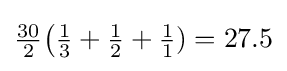
{\tfrac {30}{2}}{\bigl (}{\tfrac {1}{3}}+{\tfrac {1}{2}}+{\tfrac {1}{1}})=27.5